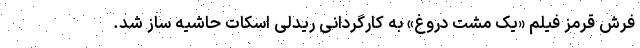
فرش قرمز فیلم «یک مشت دروغ» به کارگردانی ریدلی اسکات حاشیه ساز شد.